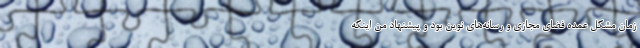
زمان مشکل عمده فضای مجازی و رسانه‌های نوین بود و پیشنهاد من اینکه